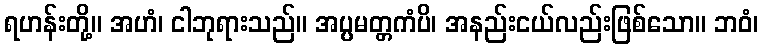
ရဟန်းတို့။ အဟံ၊ ငါဘုရားသည်။ အပ္ပမတ္တကံပိ၊ အနည်းငယ်လည်းဖြစ်သော။ ဘဝံ၊